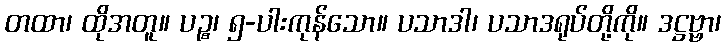
တထာ၊ ထိုအတူ။ ပဉ္စ၊ ၅-ပါးကုန်သော။ ပသာဒါ၊ ပသာဒရုပ်တို့ကို။ ဒဋ္ဌဗ္ဗာ၊